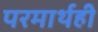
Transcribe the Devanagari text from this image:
परमार्थही